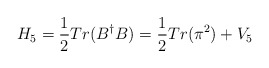
\begin{align*}H_{5} = \frac{1}{2} Tr(B^{\dagger}B) = \frac{1}{2} Tr(\pi^{2}) + V_{5}\end{align*}